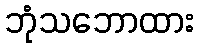
ဘုံသဘောထား